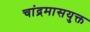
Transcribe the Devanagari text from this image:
चांद्रमासयुक्त